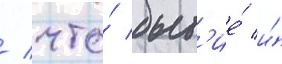
/ что́ быт'ие́ и́